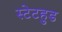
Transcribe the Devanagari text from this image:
स्टेटहुड